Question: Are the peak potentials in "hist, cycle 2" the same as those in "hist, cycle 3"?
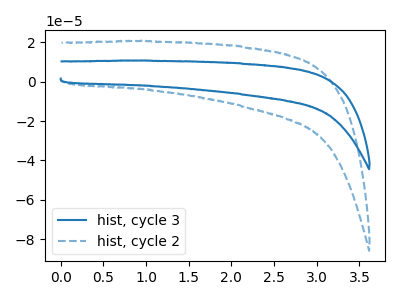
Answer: <think>The blue curve "hist, cycle 3" has no peaks. The blue dashed curve "hist, cycle 2" has no peaks.</think>
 <answer>Niether CV has any peaks.</answer>
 <eval>blanks</eval>